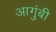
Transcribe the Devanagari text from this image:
आगुंबी